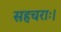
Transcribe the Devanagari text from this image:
सहचराः।